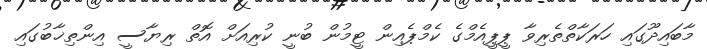
މާބައިދޫގައި ހަރަކާތްތެރިވާ ޕީޕީއެމްގެ ކެމްޕެއިން ޓީމުން ބުނީ ކުރިއަށް އޮތް ރިޔާސީ އިންތިޚާބުގައި